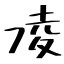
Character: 凌